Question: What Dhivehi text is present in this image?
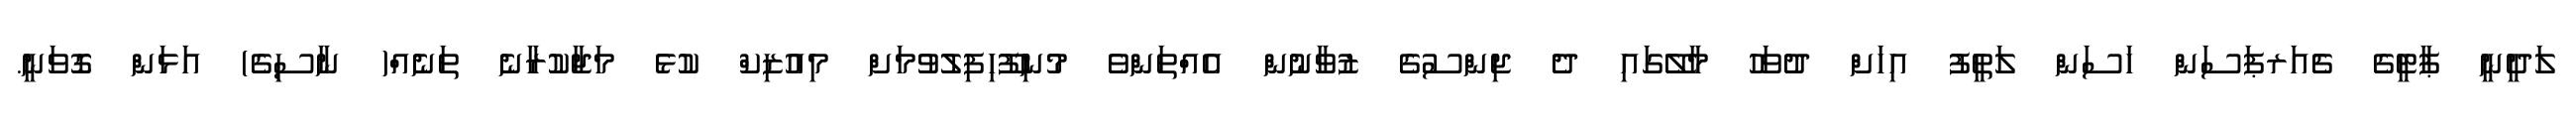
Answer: ލަދީނީ ޕާޓީގެ ޗެއަރޕަސަން ހަސަން ލަތީފު އިހަށް ދުވަހު މާލޭގައި ދެ ޖިންސުގެ ޒުވާނުން އެއްތަންވެ މުނިފޫހިފިލުވުމަށް މިއުޒިކް ކުޅެ މަޖާކުރާނެ ތަނެއް( ނާސިގެ) އަޅަން ގޮވަނީ.